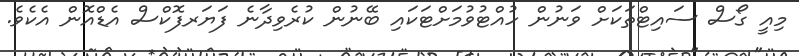
މިއީ ގޯސް ސައިޓްތަކަށް ވަނުން ހުއްޓުވުމަށްޓަކައި ބޭނުން ކުރެވިދާނެ ފަޔަރފޮކްސް އެޑްއޮން އެކެވެ.